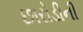
છારોડીની